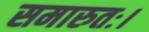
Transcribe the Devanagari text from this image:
समारुतः।